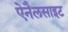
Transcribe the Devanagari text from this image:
ऐनैलसाइट